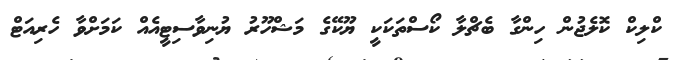
ކްލިކް ކޮލެޖުން ހިންގާ ބެޗްލާ ކޯސްތަކަކީ ޔޫކޭގެ މަޝްހޫރު ޔުނިވާސިޓީއެއް ކަމަށްވާ ހެރިއަޓް